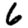
Digit: 6